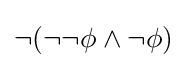
\neg (\neg \neg \phi \land \neg \phi )